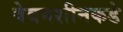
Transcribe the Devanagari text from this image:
वेबमशीनकडे